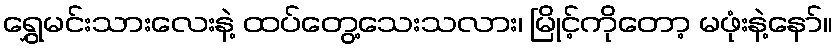
ရွှေမင်းသားလေးနဲ့ ထပ်တွေ့သေးသလား၊ မြိုင့်ကိုတော့ မဖုံးနဲ့နော်။